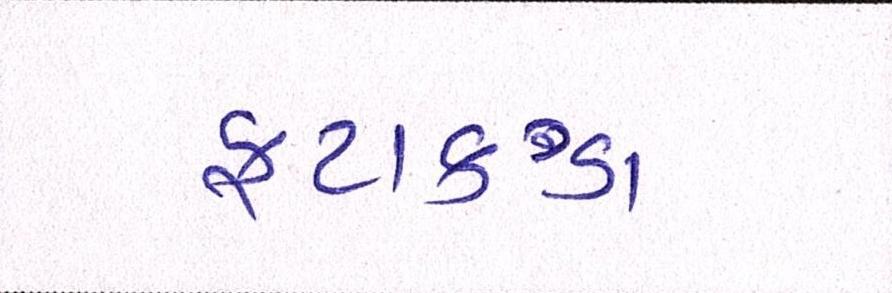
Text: ફટાકડા